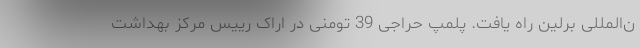
ن‌المللی برلین راه یافت. پلمپ حراجی 39 تومنی در اراک رییس مرکز بهداشت